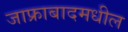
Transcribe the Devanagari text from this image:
जाफ्राबादमधील